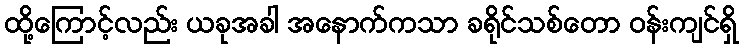
ထို့ကြောင့်လည်း ယခုအခါ အနောက်ကသာ ခရိုင်သစ်တော ဝန်းကျင်ရှိ